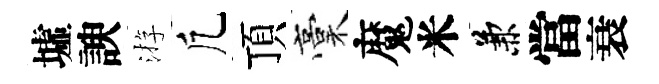
墟諛㳺凢頂稾魔米兼當衰